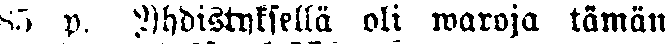
85 p. Yhdistyksellä oli waroja tämän